Vaccine operations Central Provinces & Berar 1912-1920 - 1912-1920
Year: 1912
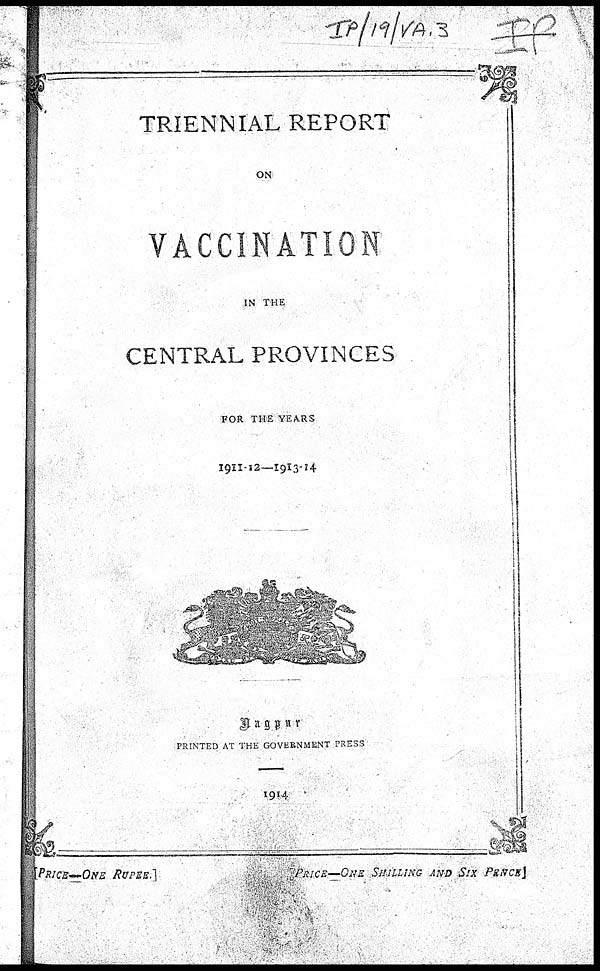
TRIENNIAL REPORT
ON
VACCINATION
IN THE
CENTRAL PROVINCES
FOR THE YEARS
1911-12—1913-14
Nagpur
PRINTED AT THE GOVERNMENT PRESS
1914
[PRICE—ONE RUPEE.]
PRICE—ONE SHILLING AND SIX PENCE]